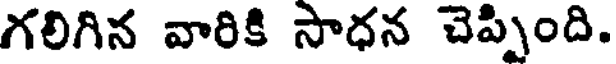
గలిగిన వారికి సాధన చెప్పింది.